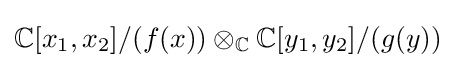
\mathbb {C} [x_{1},x_{2}]/(f(x))\otimes _{\mathbb {C} }\mathbb {C} [y_{1},y_{2}]/(g(y))